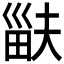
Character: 𤱽